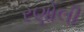
રણોલી